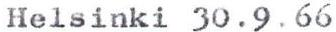
Helsinki 30.9.66